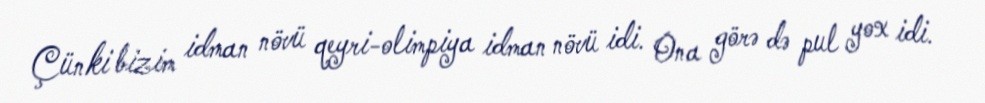
Çünki bizim idman növü qeyri-olimpiya idman növü idi. Ona görə də pul yox idi.